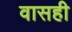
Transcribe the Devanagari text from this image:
वासही